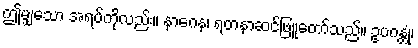
ဤမျှသော အရပ်ကိုလည်း။ နာဂေန၊ ရတနာဆင်ဖြူတော်သည်။ ဥပဂန္တုံ၊